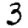
Digit: 3